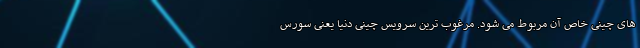
های چینی خاص آن مربوط می شود. مرغوب ترین سرویس چینی دنیا یعنی سِورِس